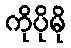
ကိုပိုမို